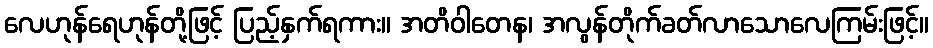
လေဟုန်ရေဟုန်တို့ဖြင့် ပြည့်နှက်ရကား။ အတိဝါတေန၊ အလွန်တိုက်ခတ်လာသောလေကြမ်းဖြင့်။